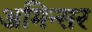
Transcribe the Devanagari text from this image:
अमिन्सर